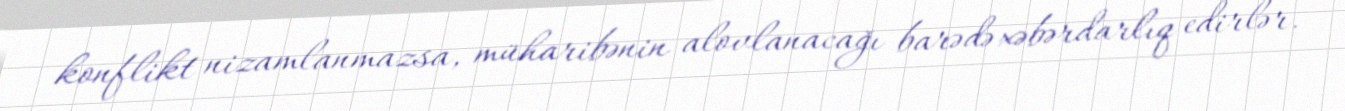
konflikt nizamlanmazsa, müharibənin alovlanacağı barədə xəbərdarlıq edirlər.